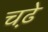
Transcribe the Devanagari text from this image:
चढे़